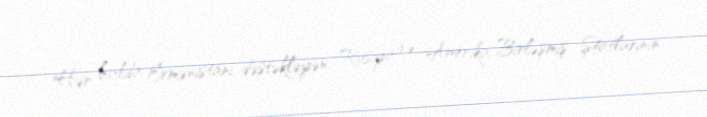
Hər halda Ermənistanı dəstəkləyən Rusiya və Amerika Birləşmiş Ştatlarının